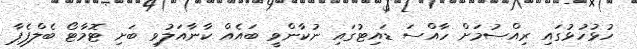
ހުޅުހުޅުގައި ރިއްސުމަށް ހާއްސަ ޑައިޓުގައި ނުކާންވީ ބައެއް ކާނާއަލުވި ބަށި ޓޮމާޓޯ ބެލްޕެޕާ